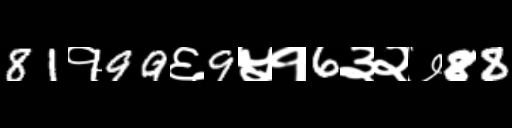
Text: 81१99६9५१6३२७88